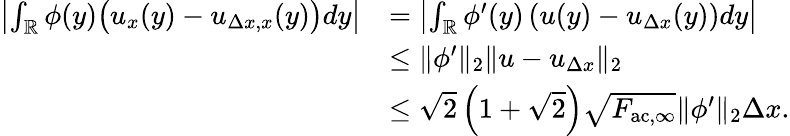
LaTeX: \begin{array}{rl}{\left|\int_{\mathbb{R}}\phi(y)\big(u_{x}(y)-u_{\Delta x,x}(y)\big)dy\right|}&{=\left|\int_{\mathbb{R}}\phi^{\prime}(y)\left(u(y)-u_{\Delta x}(y)\right)dy\right|}\\ &{\leq\| \phi^{\prime}\| _{2}\| u-u_{\Delta x}\| _{2}}\\ &{\leq\sqrt{2}\left(1+\sqrt{2}\right)\sqrt{F_{\mathrm{ac},\infty}}\| \phi^{\prime}\| _{2}\Delta x.}\end{array}